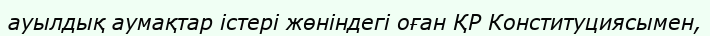
ауылдық аумақтар істері жөніндегі оған ҚР Конституциясымен,